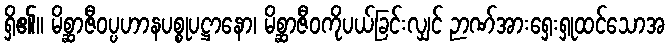
ရှိ၏။ မိစ္ဆာဇီဝပ္ပဟာနပစ္စုပဋ္ဌာနော၊ မိစ္ဆာဇီဝကိုပယ်ခြင်းလျှင် ဉာဏ်အားရှေးရှုထင်သောအ